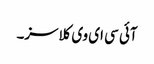
آئی سی ای وی کلاسز۔